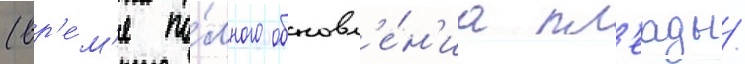
(вр'е́м'я по́лного обновл'е́н'иа пл'еады/